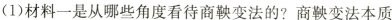
(1)材料一是从哪些角度看待商鞅变法的?商鞅变法本质